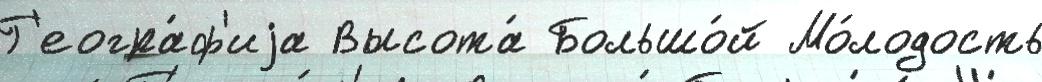
Г'еогра́ф'иjа Высота́ Большо́й Мо́лодость